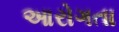
આરોગતા